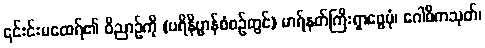
၎င်းင်းမထေရ်၏ ဝိညာဉ်ကို (ပရိနိဗ္ဗာန်စံစဉ်တွင်) မာရ်နတ်ကြီးရှာဖွေပုံ၊ ဂေါဓိကသုတ်၊